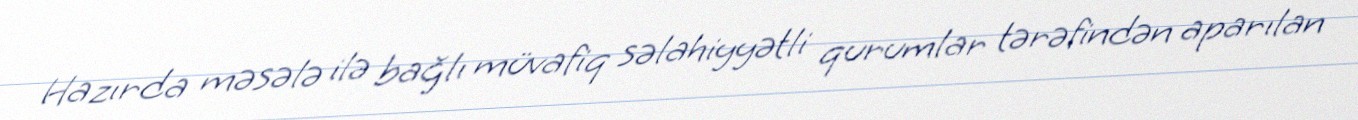
Hazırda məsələ ilə bağlı müvafiq səlahiyyətli qurumlar tərəfindən aparılan